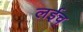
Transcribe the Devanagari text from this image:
लईच